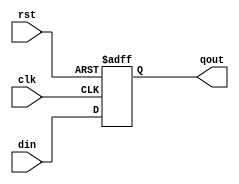
module d_ff(
    input rst,clk,
    input din,
    output reg qout
    );
    
always@(negedge rst,posedge clk)
if(rst==0)
    begin
        qout <= 0;
    end
else
    begin
        qout <= din;
    end
    
endmodule